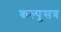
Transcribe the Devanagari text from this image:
कल्पूसत्र